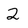
Character: 2